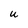
Character: U